Leaving Certificate Examination, 1920
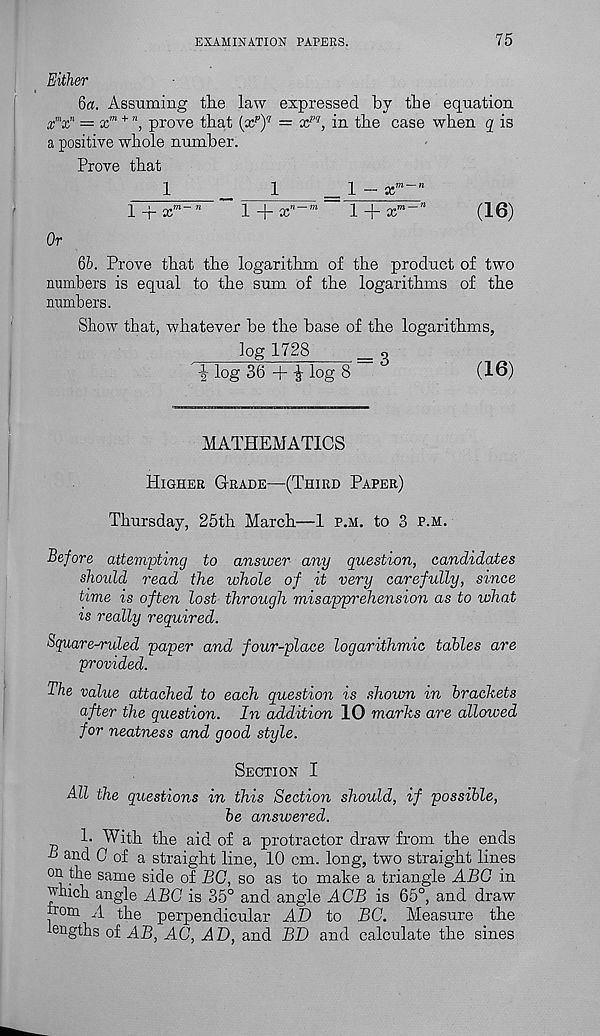
EXAMINATION PAPERS.
75
Either
6«. Assuming the law expressed by the equation
X m x n = x m + n , prove that {x p ) q = x w , in the case when q is
a positive whole number.
Prove that
1
_
1
_ 1 - x m - n
l + x m - n
1 + x n -’’ 1
l + x m - n
(16)
Or
6i>. Prove that the logarithm of the product of two
numbers is equal to the sum of the logarithms of the
numbers.
Show that, whatever he the base of the logarithms,
log 1728
_ o
' i log 36 + |- log 8
(16)
MATHEMATICS
Higher Grade—(Third Paper)
Thursday, 25th March—1 p.m. to 3 p.m.
Before attempting to answer any question, candidates
should read the whole of it very carefully, since
time is often lost through misapprehension as to what
is really required.
Square^ruled paper and four-place logarithmic tables are
provided.
The value attached to each question is shown in brackets
after the question. In addition 10 marks are allowed
for neatness and good style.
Section I
All the questions in this Section should, if possible,
be answered.
1. With the aid of a protractor draw from the ends
B and C of a straight line, 10 cm. long, two straight lines
on the same side of BG, so as to make a triangle ABG in
^hich angle ABG is 35° and angle ACB is 65°, and draw
hom A the perpendicular AD to BG. Measure the
lengths of AB, AC, AD, and BD and calculate the sines